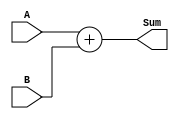
module fourbitbehaviouraladder 
(
input [3:0]A,
input [3:0]B,
output reg [4:0]Sum
);

always @ (A,B)
Sum=A+B;


endmodule